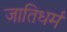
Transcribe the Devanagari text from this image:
जातिधर्म